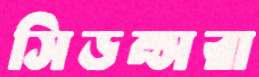
সিডন্সরা